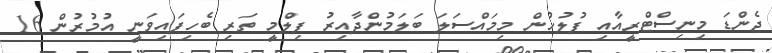
ޖެންޑަ މިނިސްޓްރީއާއި ފުލުހުން މިމައްސަލަ ބަލަމުންދާއިރު ފިލްމީ ތަރި ބެހިފައިވަނީ އުމުރުން 16